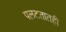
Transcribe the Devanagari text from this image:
पलटतातही